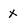
Character: x